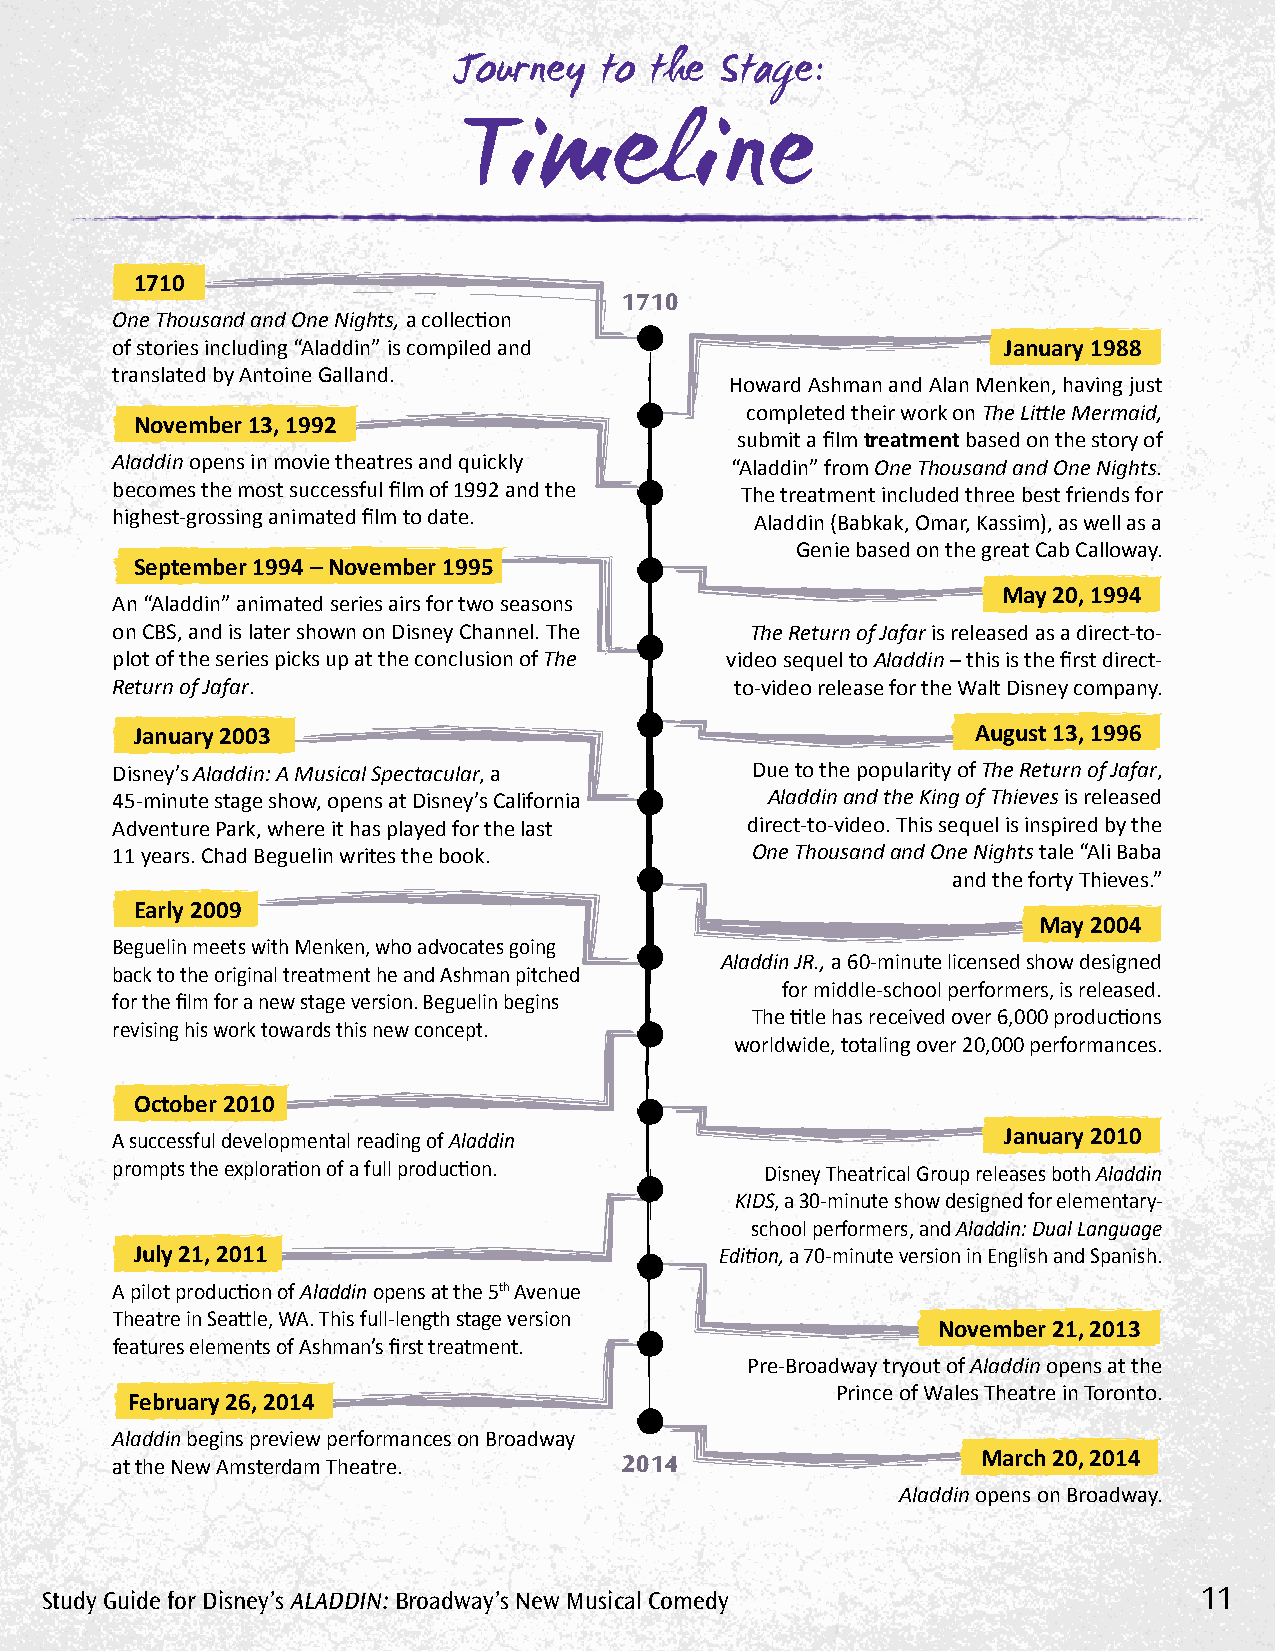
Journey   to the  Stage:
 Timeline
 1710
 1710
 One Thousand and One Nights, a collection
 of stories including “Aladdin” is compiled and             January 1988
 translated by Antoine Galland.
 Howard Ashman and Alan Menken, having just
 completed their work on The Little Mermaid,
 November 13, 1992
 submit a film treatment based on the story of
 Aladdin opens in movie theatres and quickly “Aladdin” from One Thousand and One Nights.
 becomes the most successful film of 1992 and the The treatment included three best friends for
 highest-grossing animated film to date.    Aladdin (Babkak, Omar, Kassim), as well as a
 Genie based on the great Cab Calloway.
 September 1994 – November 1995
 May 20, 1994
 An “Aladdin” animated series airs for two seasons
 on CBS, and is later shown on Disney Channel. The The Return of Jafar is released as a direct-to-
 plot of the series picks up at the conclusion of The video sequel to Aladdin – this is the first direct-
 Return of Jafar.                          to-video release for the Walt Disney company.
 January 2003                                            August 13, 1996
 Disney’s Aladdin: A Musical Spectacular, a Due to the popularity of The Return of Jafar,
 45-minute stage show, opens at Disney’s California Aladdin and the King of Thieves is released
 Adventure Park, where it has played for the last direct-to-video. This sequel is inspired by the
 11 years. Chad Beguelin writes the book.   One Thousand and One Nights tale “Ali Baba
 and the forty Thieves.”
 Early 2009
 May 2004
 Beguelin meets with Menken, who advocates going
 Aladdin JR., a 60-minute licensed show designed
 back to the original treatment he and Ashman pitched
 for middle-school performers, is released.
 for the film for a new stage version. Beguelin begins
 The title has received over 6,000 productions
 revising his work towards this new concept.
 worldwide, totaling over 20,000 performances.
 October 2010
 A successful developmental reading of Aladdin              January 2010
 prompts the exploration of a full production. Disney Theatrical Group releases both Aladdin
 KIDS, a 30-minute show designed for elementary-
 school performers, and Aladdin: Dual Language
 July 21, 2011                          Edition, a 70-minute version in English and Spanish.
 A pilot production of Aladdin opens at the 5th Avenue
 Theatre in Seattle, WA. This full-length stage version
 November 21, 2013
 features elements of Ashman’s first treatment.
 Pre-Broadway tryout of Aladdin opens at the
 Prince of Wales Theatre in Toronto.
 February 26, 2014
 Aladdin begins preview performances on Broadway
 at the New Amsterdam Theatre.     2014                    March 20, 2014
 Aladdin opens on Broadway.
 Study Guide for Disney’s AlADDin: Broadway’s new Musical Comedy             11